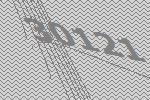
30121